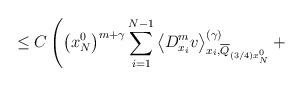
LaTeX: \begin{align*}\leq C\left( \left( x_{N}^{0}\right) ^{m+\gamma}{\displaystyle\sum\limits_{i=1}^{N-1}}\left\langle D_{x_{i}}^{m}v\right\rangle _{x_{i},\overline{Q}_{(3/4)x_{N}^{0}}}^{(\gamma)}+\right. \end{align*}